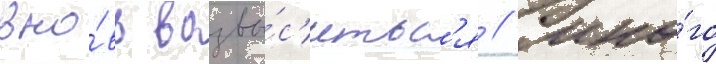
вно́вь возвы́с'итьс'я // Мно́го